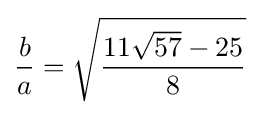
{\frac {b}{a}}={\sqrt {\frac {11{\sqrt {57}}-25}{8}}}